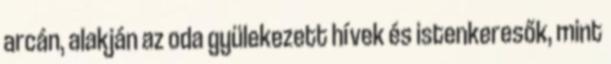
arcán, alakján az oda gyülekezett hívek és istenkeresők, mint